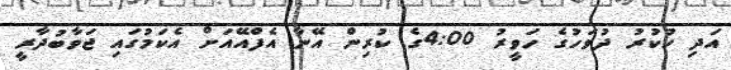
އަދި ހުކުރު ދުވަހުގެ ހަވީރު 4:00ގެ ކުރިން އޭނާ އެފްއޭއަށް އެކަމުގައި ޖަވާބުދާރީ